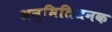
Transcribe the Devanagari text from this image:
अनुमितिजनक